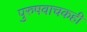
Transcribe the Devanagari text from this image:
पुरुषवाचकही